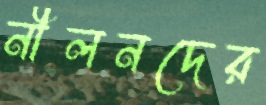
নীলনদের